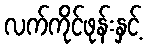
လက်ကိုင်ဖုန်းနှင့်